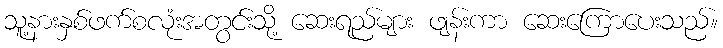
သူ့နားနှစ်ဖက်စလုံးအတွင်းသို့ ဆေးရည်များ ဖျန်းကာ ဆေးကြောပေးသည်။